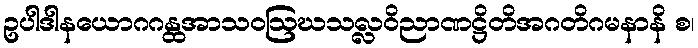
ဥပါဒါနယောဂဂန္ထအာသဝဩဃသလ္လဝိညာဏဋ္ဌိတိအဂတိဂမနာနိ စ၊